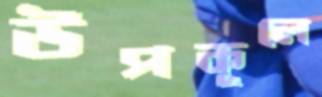
উপকূলে